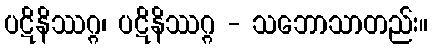
ပဋိနိဿဂ္ဂ၊ ပဋိနိဿဂ္ဂ - သဘောသာတည်း။